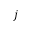
j